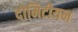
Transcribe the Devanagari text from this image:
दोमिटीयन